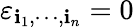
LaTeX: \varepsilon_{\mathbf{i}_{1},\cdots,\mathbf{i}_{n}}=0